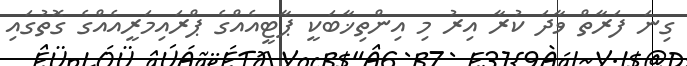
ގިނަ ފަރާތް ވާދަ ކުރާ އިރު މި އިންތިޚާބަކީ ޕާޓީއެއްގެ ޕްރައިމަރީއެއްގެ ގޮތުގައި